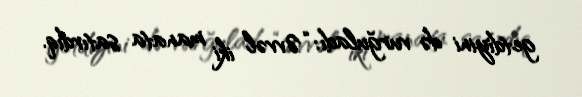
getdiyini də vurğuladı: “Əvvəl iki manata satırdıq.